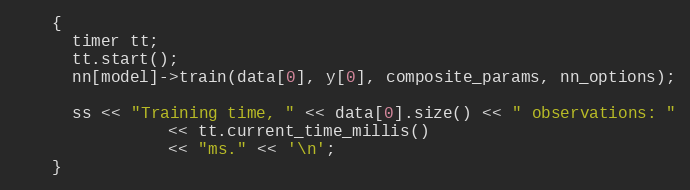
Language: C++
    {
      timer tt;
      tt.start();
      nn[model]->train(data[0], y[0], composite_params, nn_options);

      ss << "Training time, " << data[0].size() << " observations: "
                << tt.current_time_millis()
                << "ms." << '\n';
    }